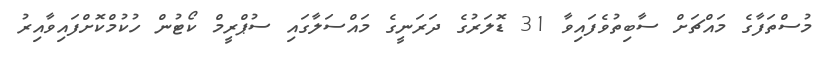
މުސްތަފާގެ މައްޗަށް ސާބިތުވެފައިވާ 31 ޑޮލަރުގެ ދަރަނީގެ މައްސަލާގައި ސުޕްރީމް ކޯޓުން ހުކުމްކޮށްފައިވާއިރު